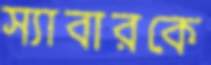
স্যাবারকে